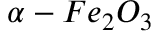
\alpha - F e _ { 2 } O _ { 3 }